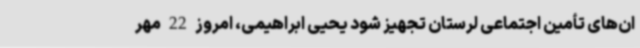
ان‌های تأمین اجتماعی لرستان تجهیز شود یحیی ابراهیمی، امروز 22 مهر